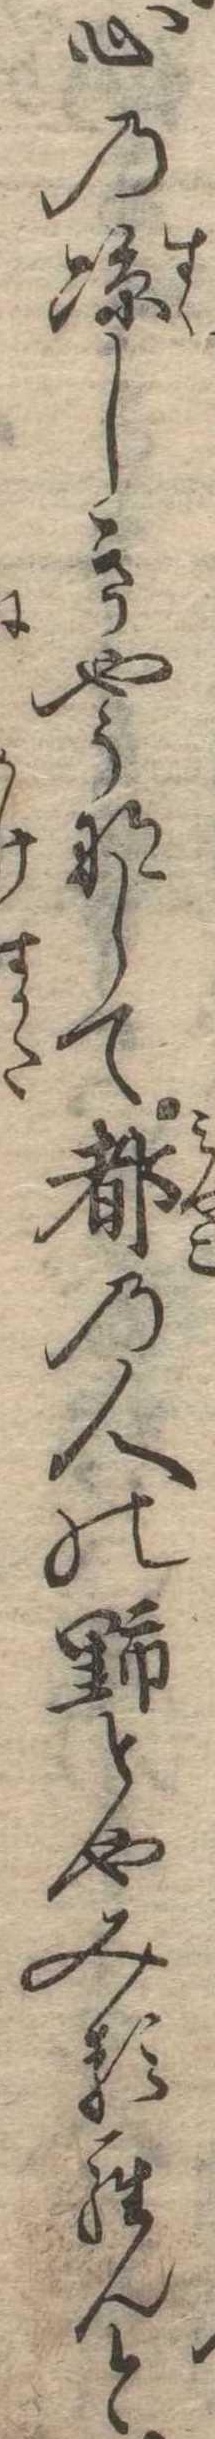
心の涼しきやうなして都の人の野とやみるらんと